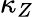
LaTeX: \kappa_{Z}